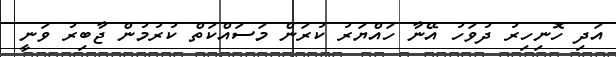
އަދި ހޮނިހިރު ދުވަހު އޭނާ ހައްޔަރު ކުރަން މަސައްކަތް ކުރުމުން ޖާބިރު ވަނީ